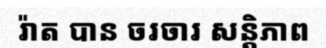
រ៉ាត បាន ចរចារ សន្តិភាព